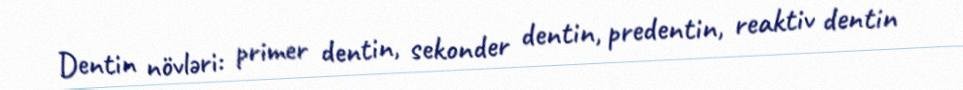
Dentin növləri: primer dentin, sekonder dentin, predentin, reaktiv dentin